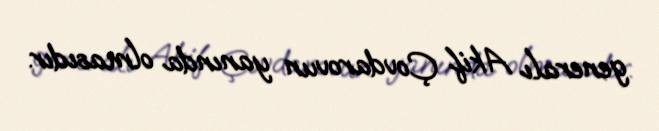
generalı Akif Çovdarovun yanında olmasıdır.